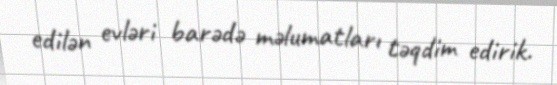
edilən evləri barədə məlumatları təqdim edirik.